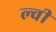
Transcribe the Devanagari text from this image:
ल्वी